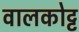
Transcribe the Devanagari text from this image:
वालकोट्ट